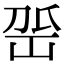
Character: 𡶳